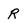
Character: R